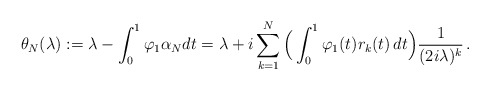
\begin{align*} \theta_N(\lambda):= \lambda- \int_0^1\varphi_1\alpha_N dt= \lambda+i\sum_{k=1}^N\Big(\int_0^1\varphi_1(t)r_k(t)\,dt\Big)\frac{1}{(2i\lambda)^k}\,.\end{align*}